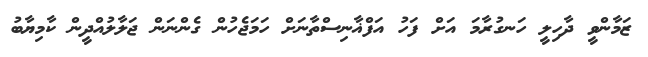
ޒަމާންވީ ދާހިލީ ހަނގުރާމަ އަށް ފަހު އަފްޣާނިސްތާނަށް ހަމަޖެހުން ގެންނަން ޖަލާލުއްދީން ކާމިޔާބު